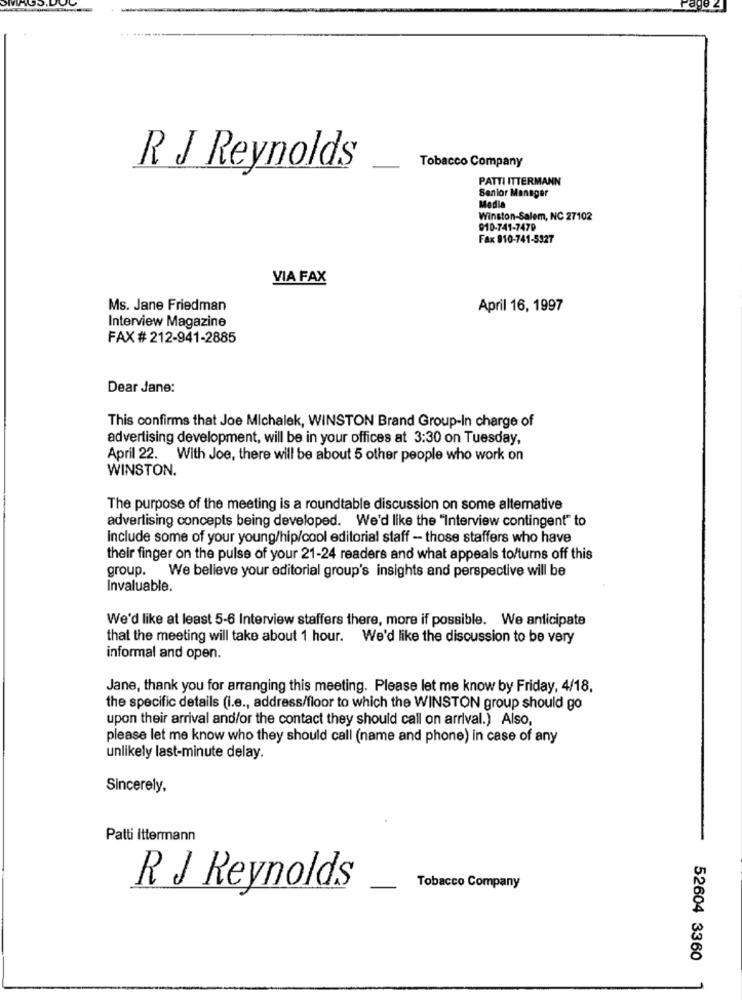
R J Reynolds
Tobacco Company
PATTI ITTERMANN
Senior Manager
Media
Winston-Salem, NC 27102
010-741-7479
Fax 910-741-5327
VIA FAX
Ms. Jane Friedman
April 16, 1997
Interview Magazine
FAX # 212-941-2885
Dear Jane:
This confirms that Joe Michalek, WINSTON Brand Group-In charge of
advertising development, will be in your offices at 3:30 on Tuesday,
April 22. With Joe, there will be about 5 other people who work on
WINSTON.
The purpose of the meeting is a roundtable discussion on some altemative
advertising concepts being developed. We'd like the "Interview contingent" to
Include some of your young/hip/cool editorial staff - those staffers who have
their finger on the pulse of your 21-24 readers and what appeals to/turns off this
group. We believe your editorial group's insights and perspective will be
Invaluable.
We'd like at least 5-6 Interview staffers there, more if possible. We anticipate
that the meeting will take about 1 hour. We'd like the discussion to be very
informal and open.
Jane, thank you for arranging this meeting. Please let me know by Friday, 4/18,
the specific details (i.e ., address/floor to which the WINSTON group should go
upon their arrival and/or the contact they should call on arrival.) Also,
please let me know who they should call (name and phone) in case of any
unlikely last-minute delay.
Sincerely,
Patti ittermann
R J Reynolds
Tobacco Company
52604 3360